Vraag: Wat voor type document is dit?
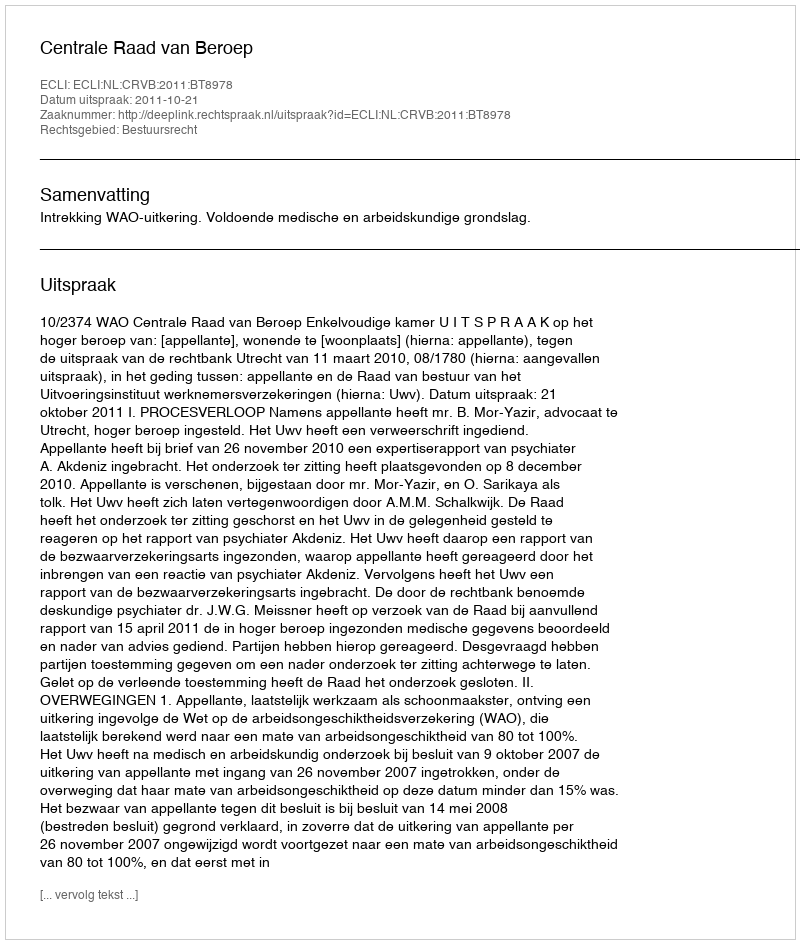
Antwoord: Uitspraak